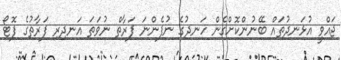
ޖައްވީ އުޅަނދުތައް ބޭނުންކޮށްގެން ހަނދުގެ ނުފެންނަ ފަރާތް ނުވަތަ އަނދިރި ފަރާތުގެ ފޮޓޯ